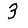
Digit: 3